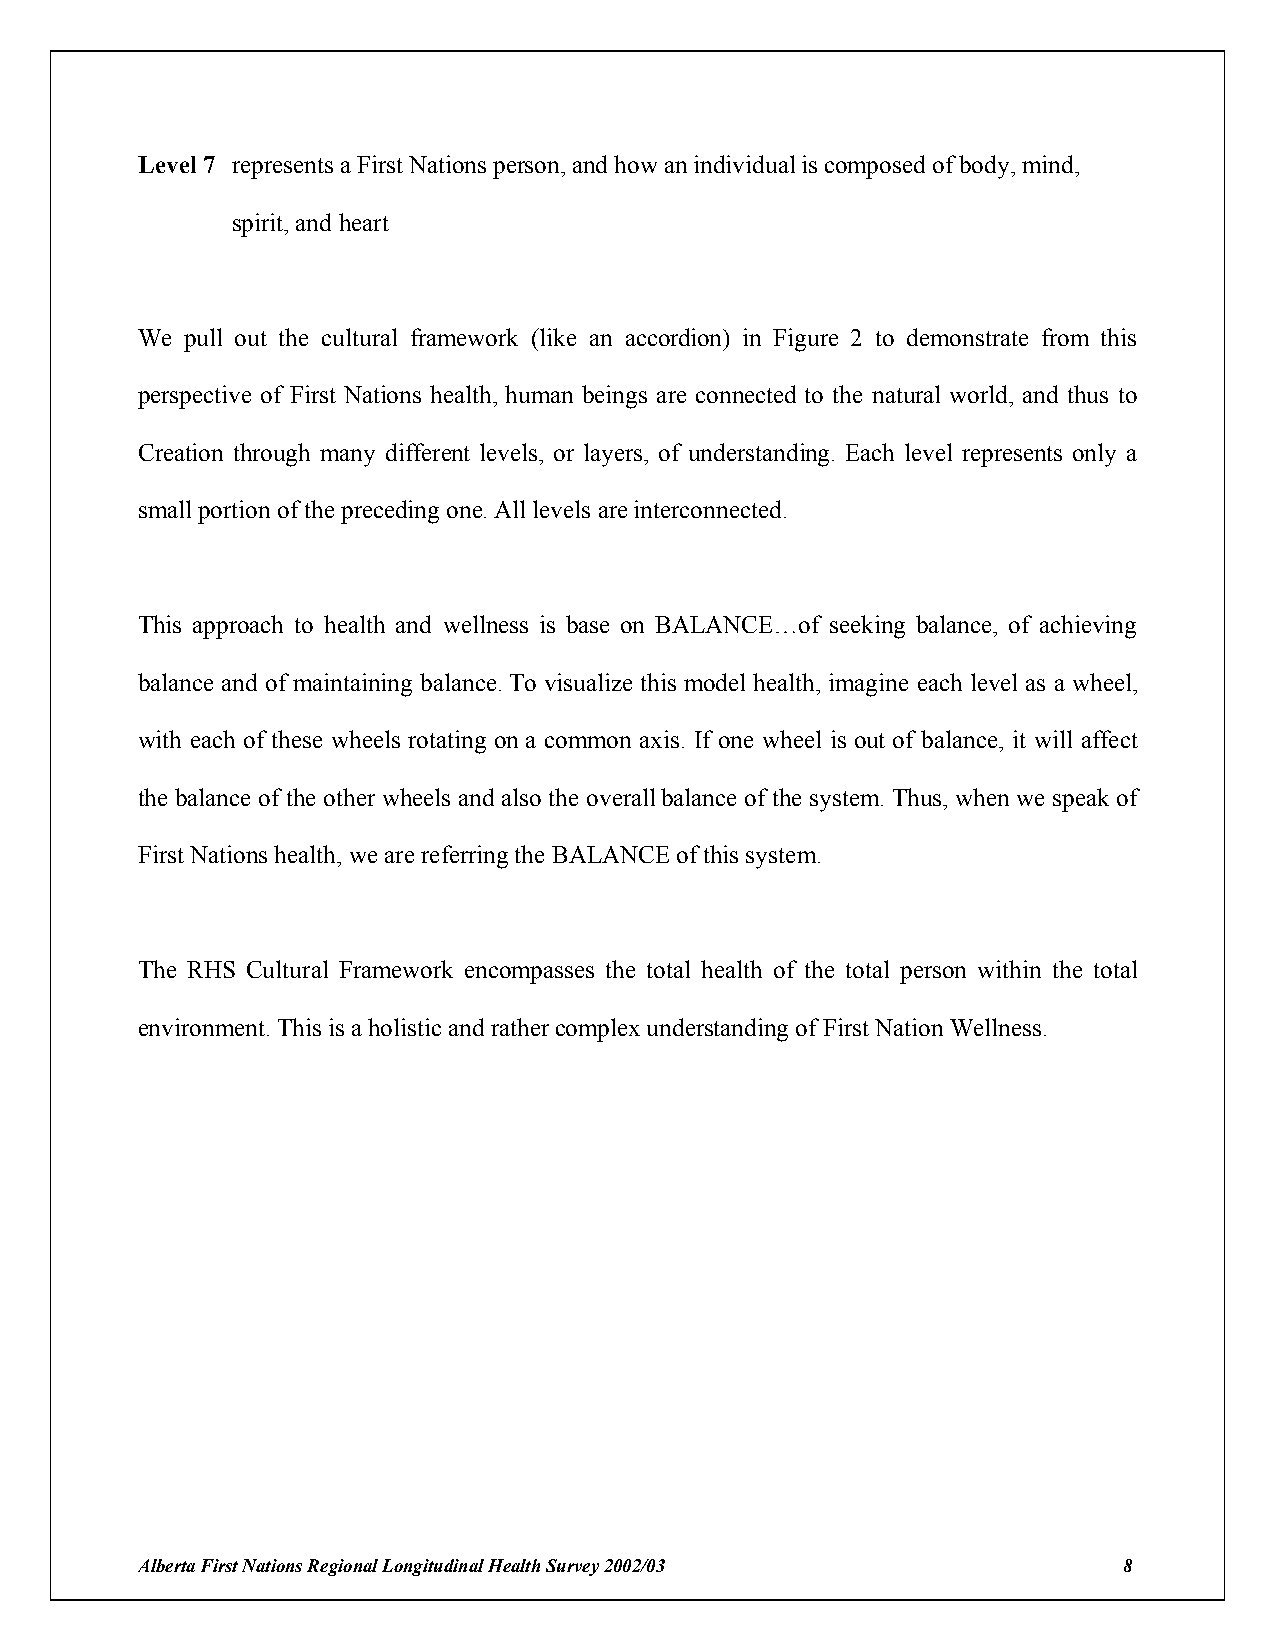
Level 7 represents a First Nations person, and how an individual is composed of body, mind,
 spirit, and heart
 We pull out the cultural framework (like an accordion) in Figure 2 to demonstrate from this
 perspective of First Nations health, human beings are connected to the natural world, and thus to
 Creation through many different levels, or layers, of understanding. Each level represents only a
 small portion of the preceding one. All levels are interconnected.
 This approach to health and wellness is base on BALANCE…of seeking balance, of achieving
 balance and of maintaining balance. To visualize this model health, imagine each level as a wheel,
 with each of these wheels rotating on a common axis. If one wheel is out of balance, it will affect
 the balance of the other wheels and also the overall balance of the system. Thus, when we speak of
 First Nations health, we are referring the BALANCE of this system.
 The RHS Cultural Framework encompasses the total health of the total person within the total
 environment. This is a holistic and rather complex understanding of First Nation Wellness.
 Alberta First Nations Regional Longitudinal Health Survey 2002/03 8